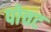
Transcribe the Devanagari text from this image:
पोचट